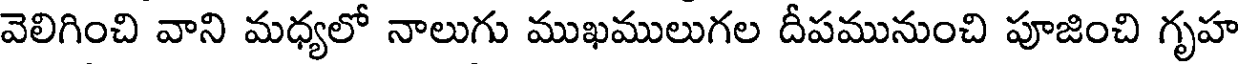
వెలిగించి వాని మధ్యలో నాలుగు ముఖములుగల దీపమునుంచి పూజించి గృహ